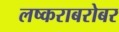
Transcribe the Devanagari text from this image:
लष्कराबरोबर